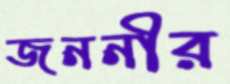
জননীর